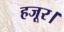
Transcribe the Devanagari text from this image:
हजूर।